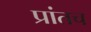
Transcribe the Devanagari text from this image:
प्रांतच